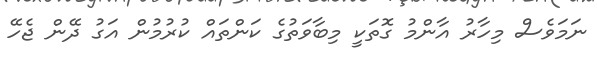
ނަމަވެސް މިހާރު އާންމު ގޮތަކީ މިބާވަތުގެ ކަންތައް ކުރުމުން އަގު ދޭން ޖެހޭ